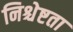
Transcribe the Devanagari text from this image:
निश्चेष्टता